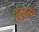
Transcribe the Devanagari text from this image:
क्रुइसे